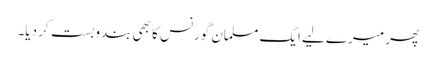
پھر میرے لیے ایک مسلمان گورنس کا بھی بندوبست کر دیا۔